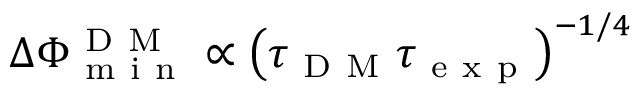
\Delta \Phi _ { \mathrm { ~ m ~ i ~ n ~ } } ^ { \mathrm { ~ D ~ M ~ } } \propto \left( \tau _ { \mathrm { ~ D ~ M ~ } } \tau _ { \mathrm { ~ e ~ x ~ p ~ } } \right) ^ { - 1 / 4 }